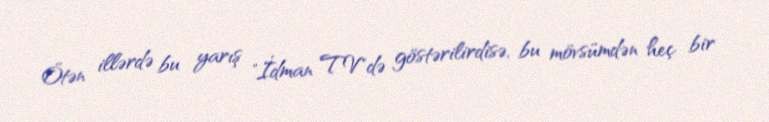
Ötən illərdə bu yarış "İdman TV"də göstərilirdisə, bu mövsümdən heç bir